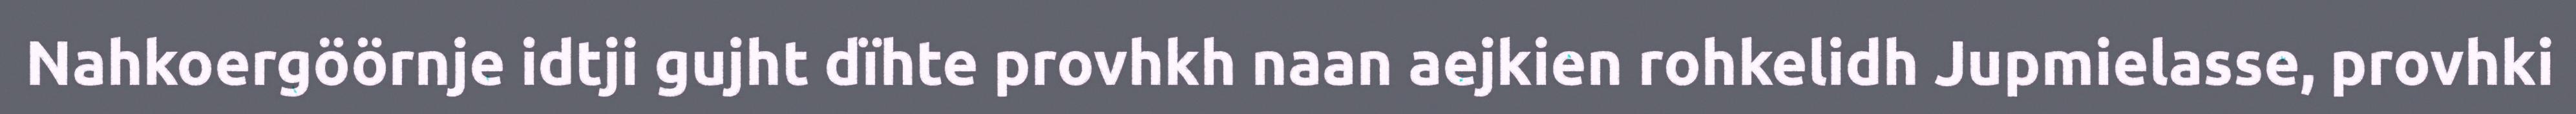
Nahkoergöörnje idtji gujht dïhte provhkh naan aejkien rohkelidh Jupmielasse, provhki